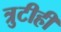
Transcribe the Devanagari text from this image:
त्रुटीही